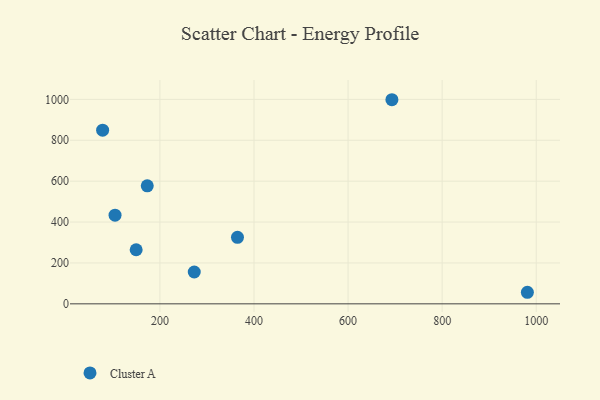
{"axis": {"x": "Distance", "y": "Rating"}, "legend": ["Cluster A"], "data": [{"x": "364.9", "y": 325.4, "type": "Cluster A"}, {"x": "78.2", "y": 849.3, "type": "Cluster A"}, {"x": "981.2", "y": 56.5, "type": "Cluster A"}, {"x": "173.1", "y": 577.1, "type": "Cluster A"}, {"x": "149.5", "y": 264.4, "type": "Cluster A"}, {"x": "273.0", "y": 155.7, "type": "Cluster A"}, {"x": "104.6", "y": 433.5, "type": "Cluster A"}, {"x": "693.2", "y": 998.4, "type": "Cluster A"}]}